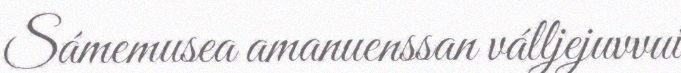
Sámemusea amanuenssan válljejuvvui